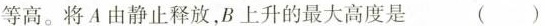
等高。将A由静止释放，B上升的最大高度是 ( )